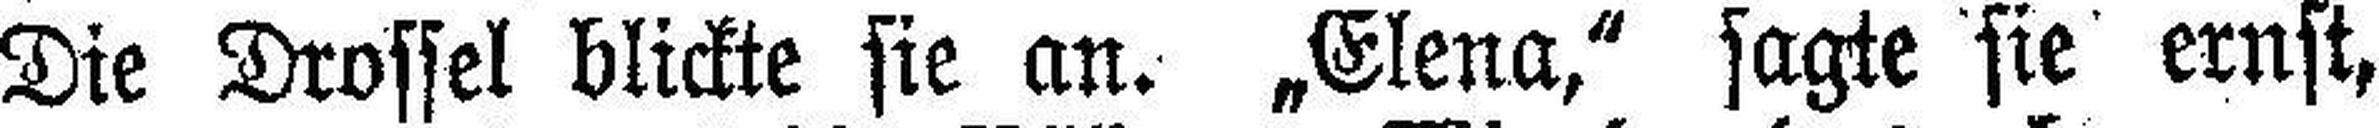
Die Drossel blickte sie an. „Elena,“ sagte sie ernst,